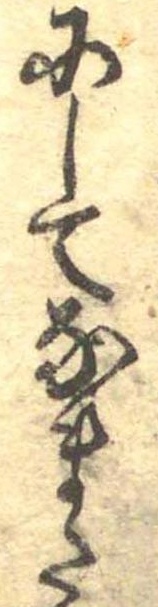
にしてなまた